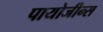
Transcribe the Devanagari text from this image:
पायोजीन्स